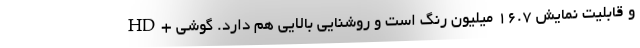
HD+ و قابلیت نمایش 16.7 میلیون رنگ است و روشنایی بالایی هم دارد. گوشی